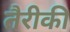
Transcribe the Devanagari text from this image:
तैरीकी